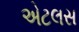
એટલસ